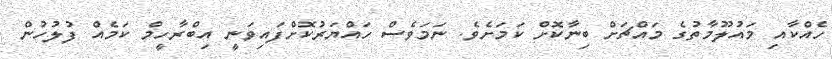
ހެއްކާއި މައުލޫމާތުގެ މައްޗަށް ބިނާކޮށް ކަމަށެވެ. ނަމަވެސް ހައްޔަރުކޮށްފައިވަނީ އިބްރާހީމް ކަމެއް ފުލުހުން